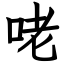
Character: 咾